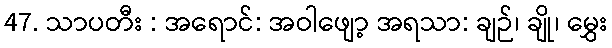
47. သာပတီး : အရောင်: အဝါဖျော့ အရသာ: ချဉ်၊ ချို၊ မွှေး